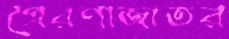
প্রেরণাজাতর